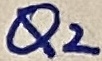
Text: Q2